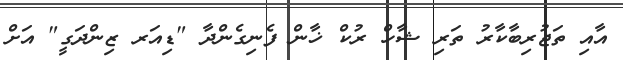
އާއި ތަޖުރިބާކާރު ތަރި ޝާހް ރުކް ޚާން ފެނިގެންދާ "ޑިއަރ ޒިންދަގީ" އަށް